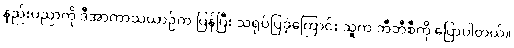
နည်းပညာကို ဒီအာကာသယာဉ်က ပြန်ပြီး သရုပ်ပြခဲ့ကြောင်း သူက ဘီဘီစီကို ပြောပါတယ်။